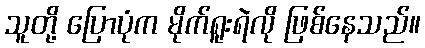
သူတို့ ပြောပုံက မိုက်ရူးရဲလို ဖြစ်နေသည်။